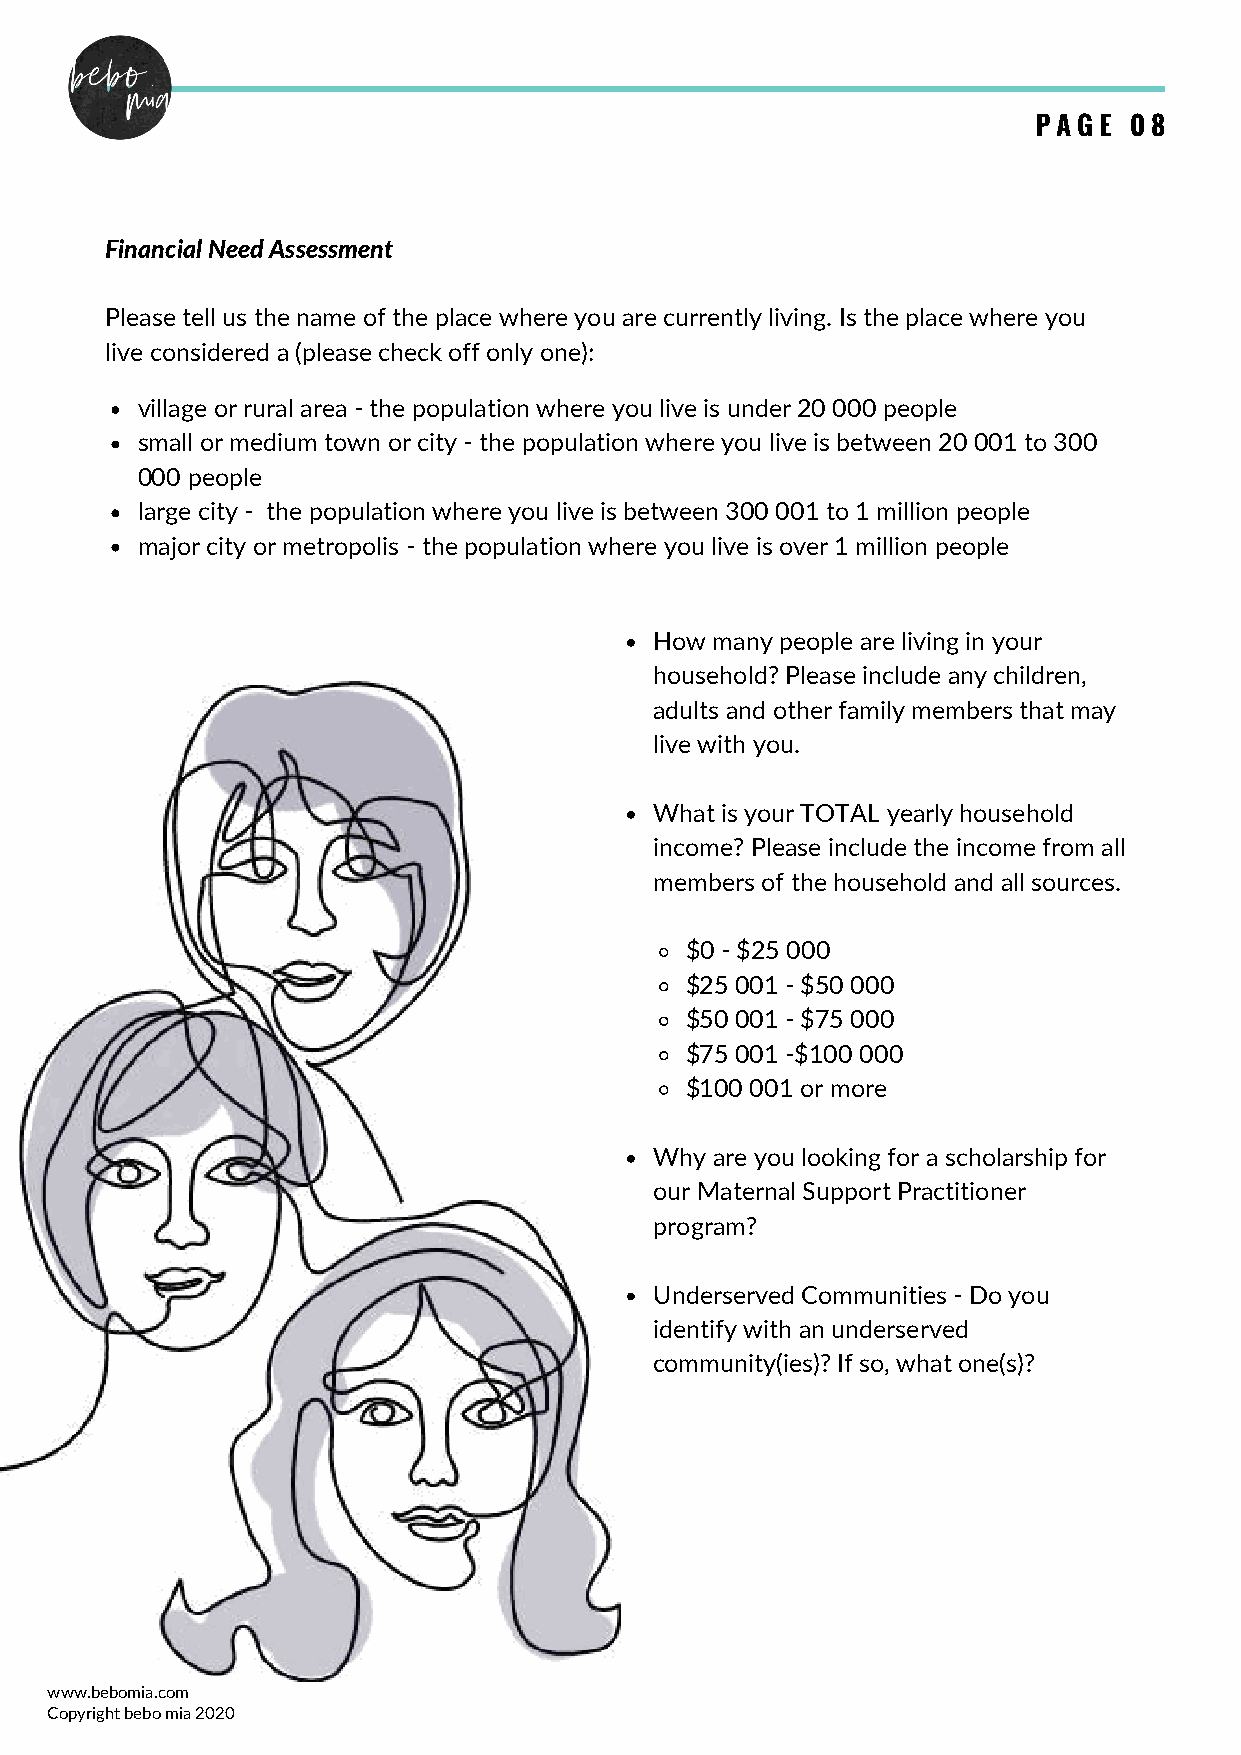
PAGE   08
 Financial Need Assessment
 Please tell us the name of the place where you are currently living. Is the place where you
 live considered a (please check off only one):
 village or rural area - the population where you live is under 20 000 people
 small or medium town or city - the population where you live is between 20 001 to 300
 000 people
 large city - the population where you live is between 300 001 to 1 million people
 major city or metropolis - the population where you live is over 1 million people
 How many people are living in your
 household? Please include any children,
 adults and other family members that may
 live with you.
 What is your TOTAL yearly household
 income? Please include the income from all
 members of the household and all sources.
 $0 - $25 000
 $25 001 - $50 000
 $50 001 - $75 000
 $75 001 -$100 000
 $100 001 or more
 Why are you looking for a scholarship for
 our Maternal Support Practitioner
 program?
 Underserved Communities - Do you
 identify with an underserved
 community(ies)? If so, what one(s)?
 www.bebomia.com
 Copyright bebo mia 2020